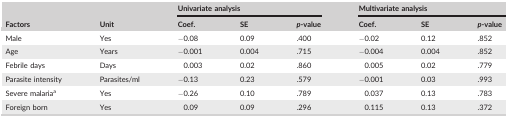
| <ROWSPAN=2> Factors | <ROWSPAN=2> Unit | <COLSPAN=3> Univariate analysis | <COLSPAN=3> Multivariate analysis |
 | Coef. | SE | p‐value | Coef. | SE | p‐value |
 | --- | --- | --- | --- | --- | --- | --- | --- |
 | Male | Yes | −0.08 | 0.09 | .400 | −0.02 | 0.12 | .852 |
 | Age | Years | −0.001 | 0.004 | .715 | −0.004 | 0.004 | .852 |
 | Febrile days | Days | 0.003 | 0.02 | .860 | 0.005 | 0.02 | .779 |
 | Parasite intensity | Parasites/ml | −0.13 | 0.23 | .579 | −0.001 | 0.03 | .993 |
 | Severe malariaa | Yes | −0.26 | 0.10 | .789 | 0.037 | 0.13 | .783 |
 | Foreign born | Yes | 0.09 | 0.09 | .296 | 0.115 | 0.13 | .372 |